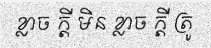
ខ្លាច ក្តី មិន ខ្លាច ក្តី ត្រូ